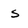
Character: s